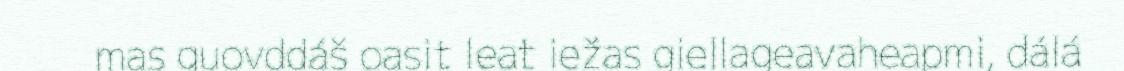
mas guovddáš oasit leat iežas giellageavaheapmi, dálá